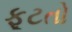
ફૂટતો